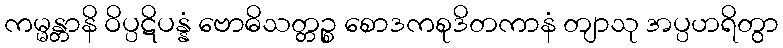
ကမ္မန္တာနိ ဝိပ္ပဋိပန္နံ ဗောဓိသတ္တဉ္စ စောဒကစုဒိတကာနံ တျာသု အပ္ပဟရိတွာ